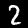
Digit: 2